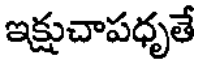
ఇక్షుచాపధృతే